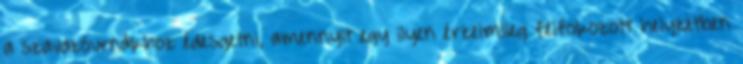
a szavazóurnákhoz édesgetni, amennyit egy ilyen érzelmileg felfokozott helyzetben